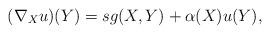
LaTeX: \begin{align*}(\nabla_{X}u)(Y)=sg(X,Y)+\alpha (X)u(Y),\end{align*}